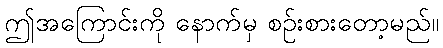
ဤအကြောင်းကို နောက်မှ စဉ်းစားတော့မည်။